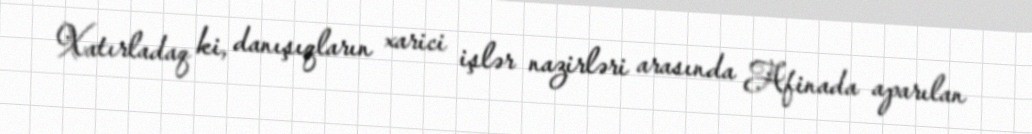
Xatırladaq ki, danışıqların xarici işlər nazirləri arasında Afinada aparılan